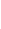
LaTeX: I\! \! \! \! \! \! \! \! \! \! \! \! _{\! \! \! \! \! \! \! \! \! \! \! \! \partial\! \! \! \! \! \! \! \! \! \! \! \! B}\! \! \! \! \! \! \! \! \! \! \! \! (Z\! \! \! \! \! \! \! \! \! \! \! \! (\! \! \! \! \! \! \! \! \! \! \! \! \cdot\! \! \! \! \! \! \! \! \! \! \! \! ,\! \! \! \! \! \! \! \! \! \! \! \! \lambda\! \! \! \! \! \! \! \! \! \! \! \! )\! \! \! \! \! \! \! \! \! \! \! \! )\! \! \! \! \! \! \! \! \! \! \!